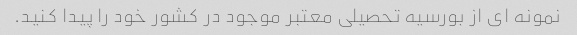
نمونه ای از بورسیه تحصیلی معتبر موجود در کشور خود را پیدا کنید.